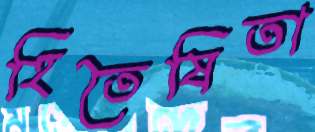
হিতৈষিতা